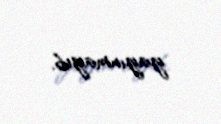
yayınmayıb.